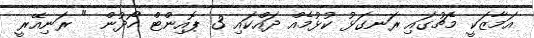
އަމާޒަކީ މެޗުގައި ރަނގަޅު ކުޅުމެއް ދައްކައި 3 ޕޮއިންޓް ހޯދުން " ރަނިއޭރީ